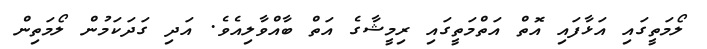
ލޯމަތީގައި އަޅާފައި އޮތް އަތްމަތީގައި ރިމީޝާގެ އަތް ބާއްވާލިއެވެ. އަދި ގަދަކަމުން ލޯމަތިން